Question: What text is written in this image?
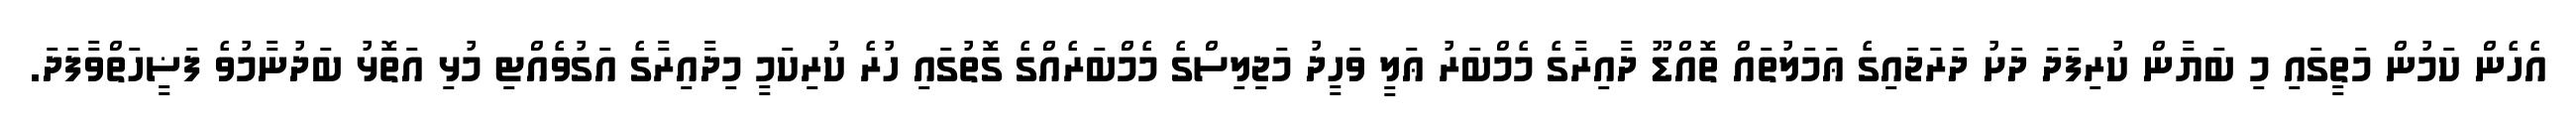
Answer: އެހެން ކަމުން މަތީގައި މި ބަޔާން ކުރިފަދަ ދަށު ދަރަޖައިގެ ޢަމަލުތައް ތޮއްޑޫ ދާއިރާގެ މެމްބަރު ޢަލީ ވަހީދު މަޖިލިސްގެ މެމްބަރެއްގެ ގޮތުގައި ހުރެ ކުރިކަމީ މިދާއިރާގެ އަގުވެއްޓި މުޅި އަތޮޅު ބަދުނާމުވެ ފަޟީހަތްވާފަދަ.